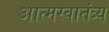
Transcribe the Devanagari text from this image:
आत्मस्वातंत्र्य